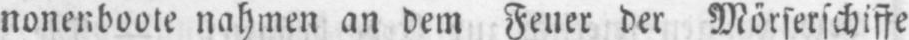
nonenboote nahmen an dem Feuer der Mörserschiffe